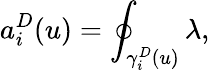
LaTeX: a_{i}^{D}(u)=\oint_{\gamma_{i}^{D}(u)}\lambda,